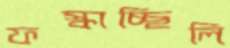
ফস্‌কাচ্ছিলি